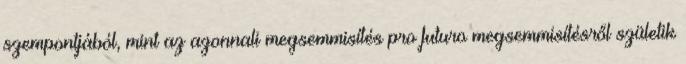
szempontjából, mint az azonnali megsemmisítés pro futuro megsemmisítésről születik